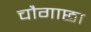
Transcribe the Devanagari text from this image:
चौगाछा